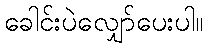
ခေါင်းပဲလျှော်ပေးပါ။